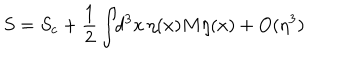
S = S _ { c } + \frac { 1 } { 2 } \int \! \! d ^ { 3 } x \, \eta ( x ) M \eta ( x ) + O ( \eta ^ { 3 } )